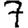
Digit: 7